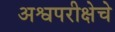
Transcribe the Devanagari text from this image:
अश्वपरीक्षेचे